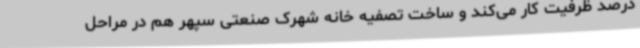
درصد ظرفیت کار می‌کند و ساخت تصفیه خانه شهرک صنعتی سپهر هم در مراحل